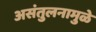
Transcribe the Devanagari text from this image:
असंतुलनामुळे